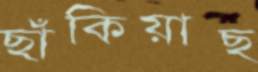
ছাঁকিয়াছ